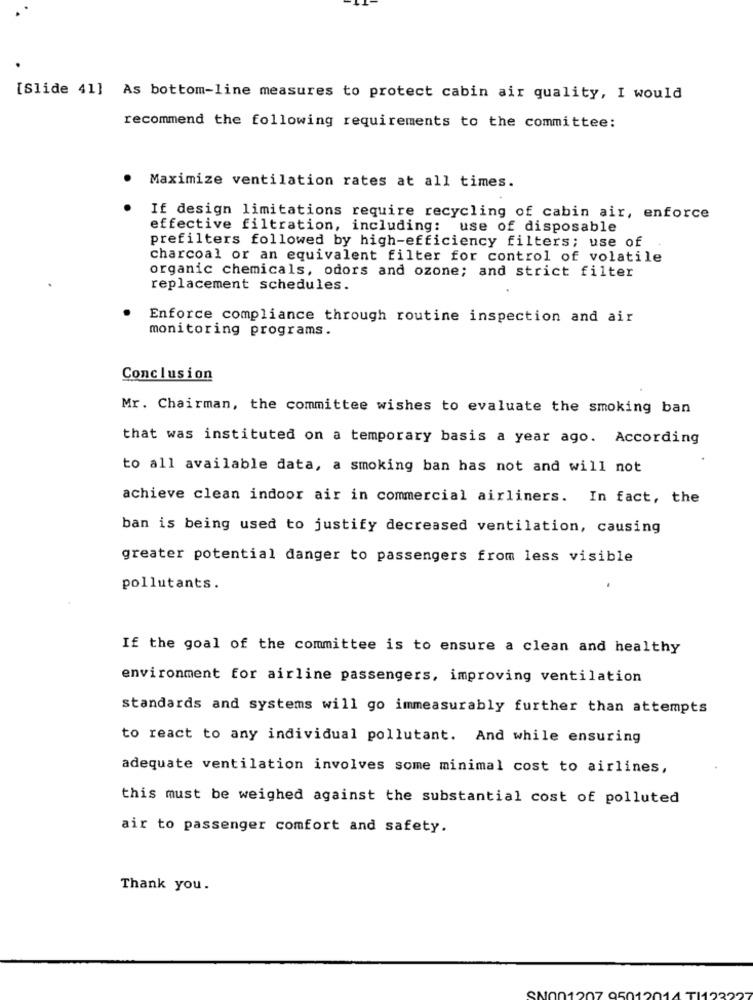
[Slide 41] As bottom-line measures to protect cabin air quality, I would
recommend the following requirements to the committee:
Maximize ventilation rates at all times.
If design limitations require recycling of cabin air, enforce
effective filtration, including: use of disposable
prefilters followed by high-efficiency filters; use of
charcoal or an equivalent filter for control of volatile
organic chemicals, odors and ozone; and strict filter
replacement schedules.
Enforce compliance through routine inspection and air
monitoring programs.
Conclusion
Mr. Chairman, the committee wishes to evaluate the smoking ban
that was instituted on a temporary basis a year ago. According
to all available data, a smoking ban has not and will not
achieve clean indoor air in commercial airliners. In fact, the
ban is being used to justify decreased ventilation, causing
greater potential danger to passengers from less visible
pollutants.
If the goal of the committee is to ensure a clean and healthy
environment for airline passengers, improving ventilation
standards and systems will go immeasurably further than attempts
to react to any individual pollutant. And while ensuring
adequate ventilation involves some minimal cost to airlines,
this must be weighed against the substantial cost of polluted
air to passenger comfort and safety.
Thank you.
ON